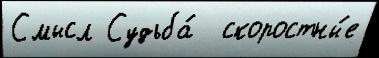
Смысл Судьба́  скоростны́е